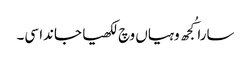
سارا کُجھ وہیاں وچ لکھیا جاندا سی۔